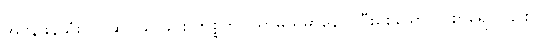
အဖန်ဖန်သုံးသပ်ဆင်ခြင်ခြင်း ကိစ္စကို။ သာဓယမာနော၊ ပြီးစေသော။ ဝိစာရော၊ ၎င်း။